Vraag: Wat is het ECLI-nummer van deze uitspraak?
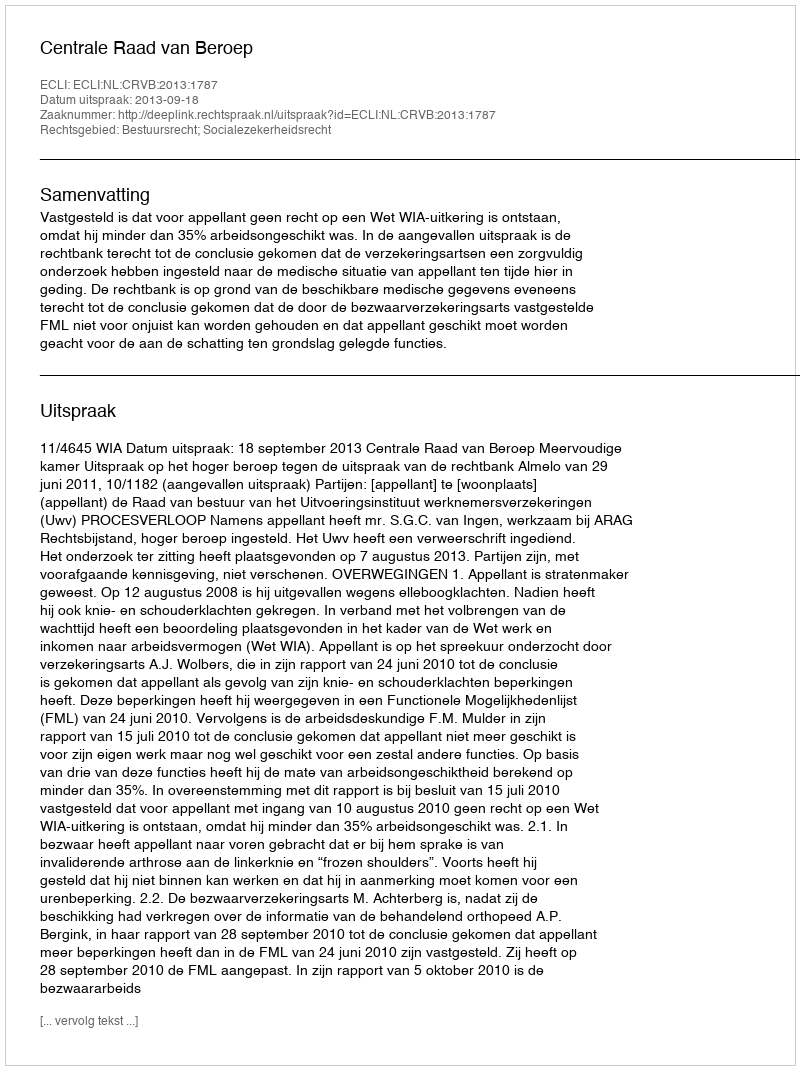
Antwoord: ECLI:NL:CRVB:2013:1787